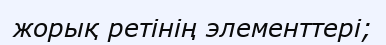
жорық ретінің элементтері;